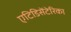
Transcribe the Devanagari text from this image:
एटिडिसेंटेरिका